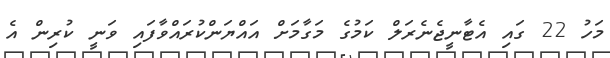
މަހު 22 ގައި އެޓާނީޖެނެރަލް ކަމުގެ މަގާމަށް އައްޔަންކުރައްވާފައި ވަނީ ކުރިން އެ